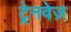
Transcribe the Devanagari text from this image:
ट्रेनवेज़